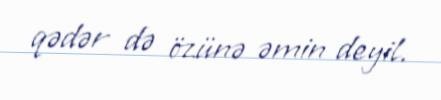
qədər də özünə əmin deyil.